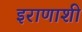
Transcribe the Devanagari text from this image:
इराणाशी